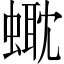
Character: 𧏰